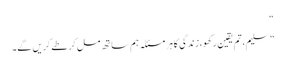
“
”سلیم، تم یقین رکھو، زندگی کا ہر مسئلہ ہم ساتھ مل کر طے کریں گے۔